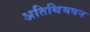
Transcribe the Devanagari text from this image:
अतिथिभवन